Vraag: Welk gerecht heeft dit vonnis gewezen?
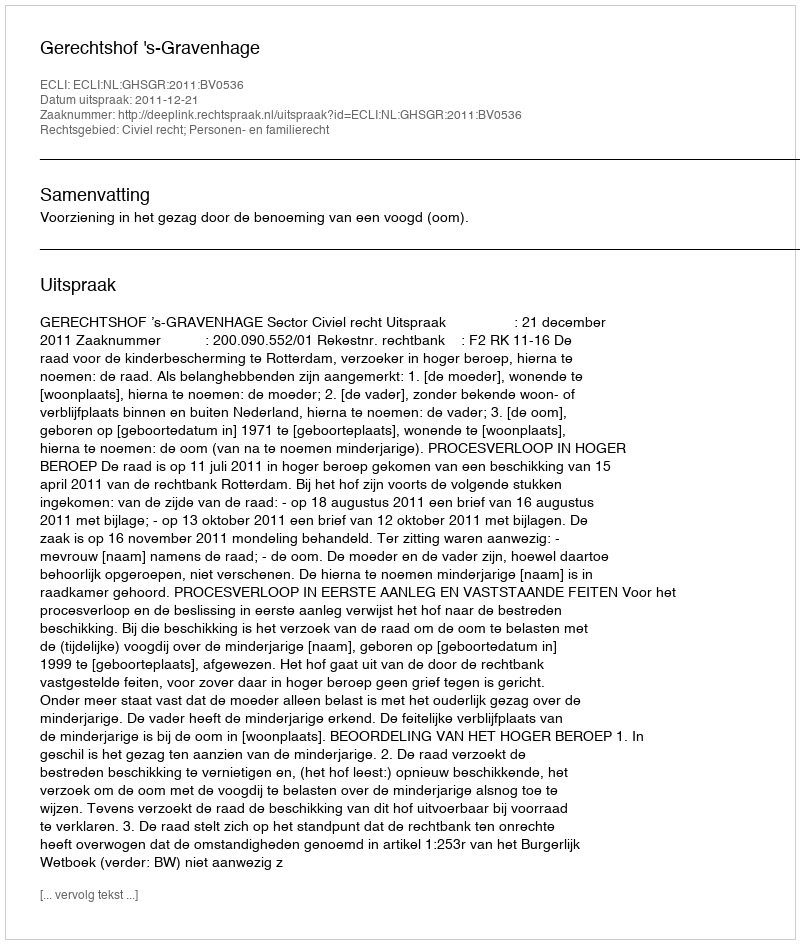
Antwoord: Gerechtshof 's-Gravenhage